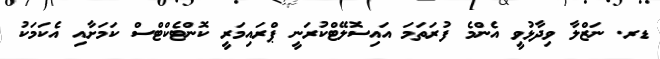
ޑރ. ނަޒްލާ ވިދާޅުވީ އެންމެ ފުރަތަމަ އައިސޮލޭޓްކުރަނީ ޕްރައިމަރީ ކޮންޓެކްޓްސް ކަމަށާއި އެކަމަކު